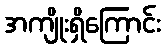
အကျိုးရှိကြောင်း